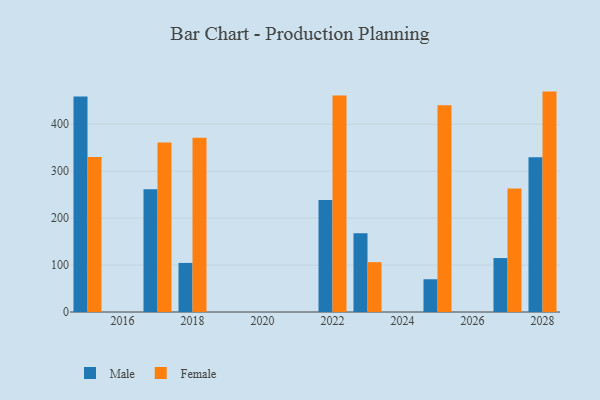
{"axis": {"x": "Year", "y": "Revenue (USD Million)"}, "legend": ["Female", "Male"], "data": [{"x": "2022", "y": 238.5, "type": "Male"}, {"x": "2022", "y": 460.9, "type": "Female"}, {"x": "2028", "y": 329.7, "type": "Male"}, {"x": "2028", "y": 469.4, "type": "Female"}, {"x": "2015", "y": 458.9, "type": "Male"}, {"x": "2015", "y": 330.0, "type": "Female"}, {"x": "2017", "y": 261.4, "type": "Male"}, {"x": "2017", "y": 361.1, "type": "Female"}, {"x": "2018", "y": 104.5, "type": "Male"}, {"x": "2018", "y": 371.1, "type": "Female"}, {"x": "2025", "y": 69.7, "type": "Male"}, {"x": "2025", "y": 440.1, "type": "Female"}, {"x": "2023", "y": 167.7, "type": "Male"}, {"x": "2023", "y": 106.1, "type": "Female"}, {"x": "2027", "y": 114.9, "type": "Male"}, {"x": "2027", "y": 262.9, "type": "Female"}]}